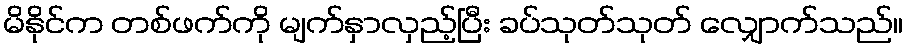
မိနိုင်က တစ်ဖက်ကို မျက်နှာလှည့်ပြီး ခပ်သုတ်သုတ် လျှောက်သည်။